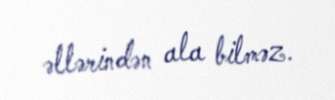
əllərindən ala bilməz.